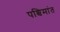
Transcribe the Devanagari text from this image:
पश्चिमांत